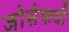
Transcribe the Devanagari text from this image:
जोसेफची